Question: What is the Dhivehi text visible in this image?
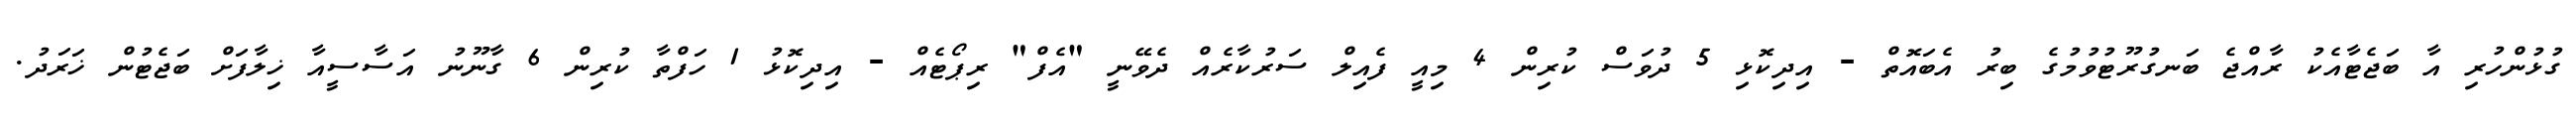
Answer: ގުޅުންހުރި އާ ބަޖެޓާއެކު ރާއްޖެ ބަނގުރޫޓުވުމުގެ ބިރު އެބައޮތް - އިދިކޮޅި 5 ދުވަސް ކުރިން 4 މިއީ ފެއިލް ސަރުކާރެއް ދެވޭނީ "އެފް" ރިޕޯޓެއް - އިދިކޮޅު 1 ހަފްތާ ކުރިން 6 ގާނޫނު އަސާސީއާ ޚިލާފަށް ބަޖެޓުން ޚަރަދު.